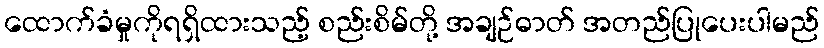
ထောက်ခံမှုကိုရရှိထားသည့် စည်းစိမ်တို့ အချဉ်ဓာတ် အတည်ပြုပေးပါမည်